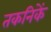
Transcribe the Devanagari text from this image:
तकनिकें